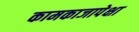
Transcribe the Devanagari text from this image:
कामकाजापेक्षा